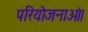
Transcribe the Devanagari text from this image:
परियोजनाओं।